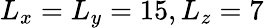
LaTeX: L_{x}=L_{y}=15,L_{z}=7